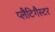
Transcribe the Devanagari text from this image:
प्लैटिगैस्टर